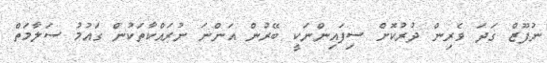
ނުފޫޒް ގަދަ ވެރިން ދުރުކޮށް ސިފައިންނަކީ ބޭރުން އަންނަ ނުރައްކާތަކުން ގައުމު ސަލާމަތް